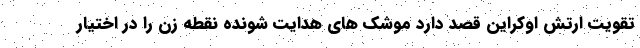
تقویت ارتش اوکراین قصد دارد موشک های هدایت شونده نقطه زن را در اختیار